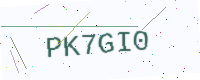
Text: PK7GI0